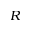
R